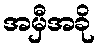
အမှီအခို